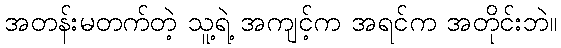
အတန်းမတက်တဲ့ သူ့ရဲ့ အကျင့်က အရင်က အတိုင်းဘဲ။